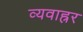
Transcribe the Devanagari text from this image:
व्यवाह्रर